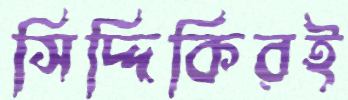
সিদ্দিকিরই